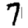
Digit: 7